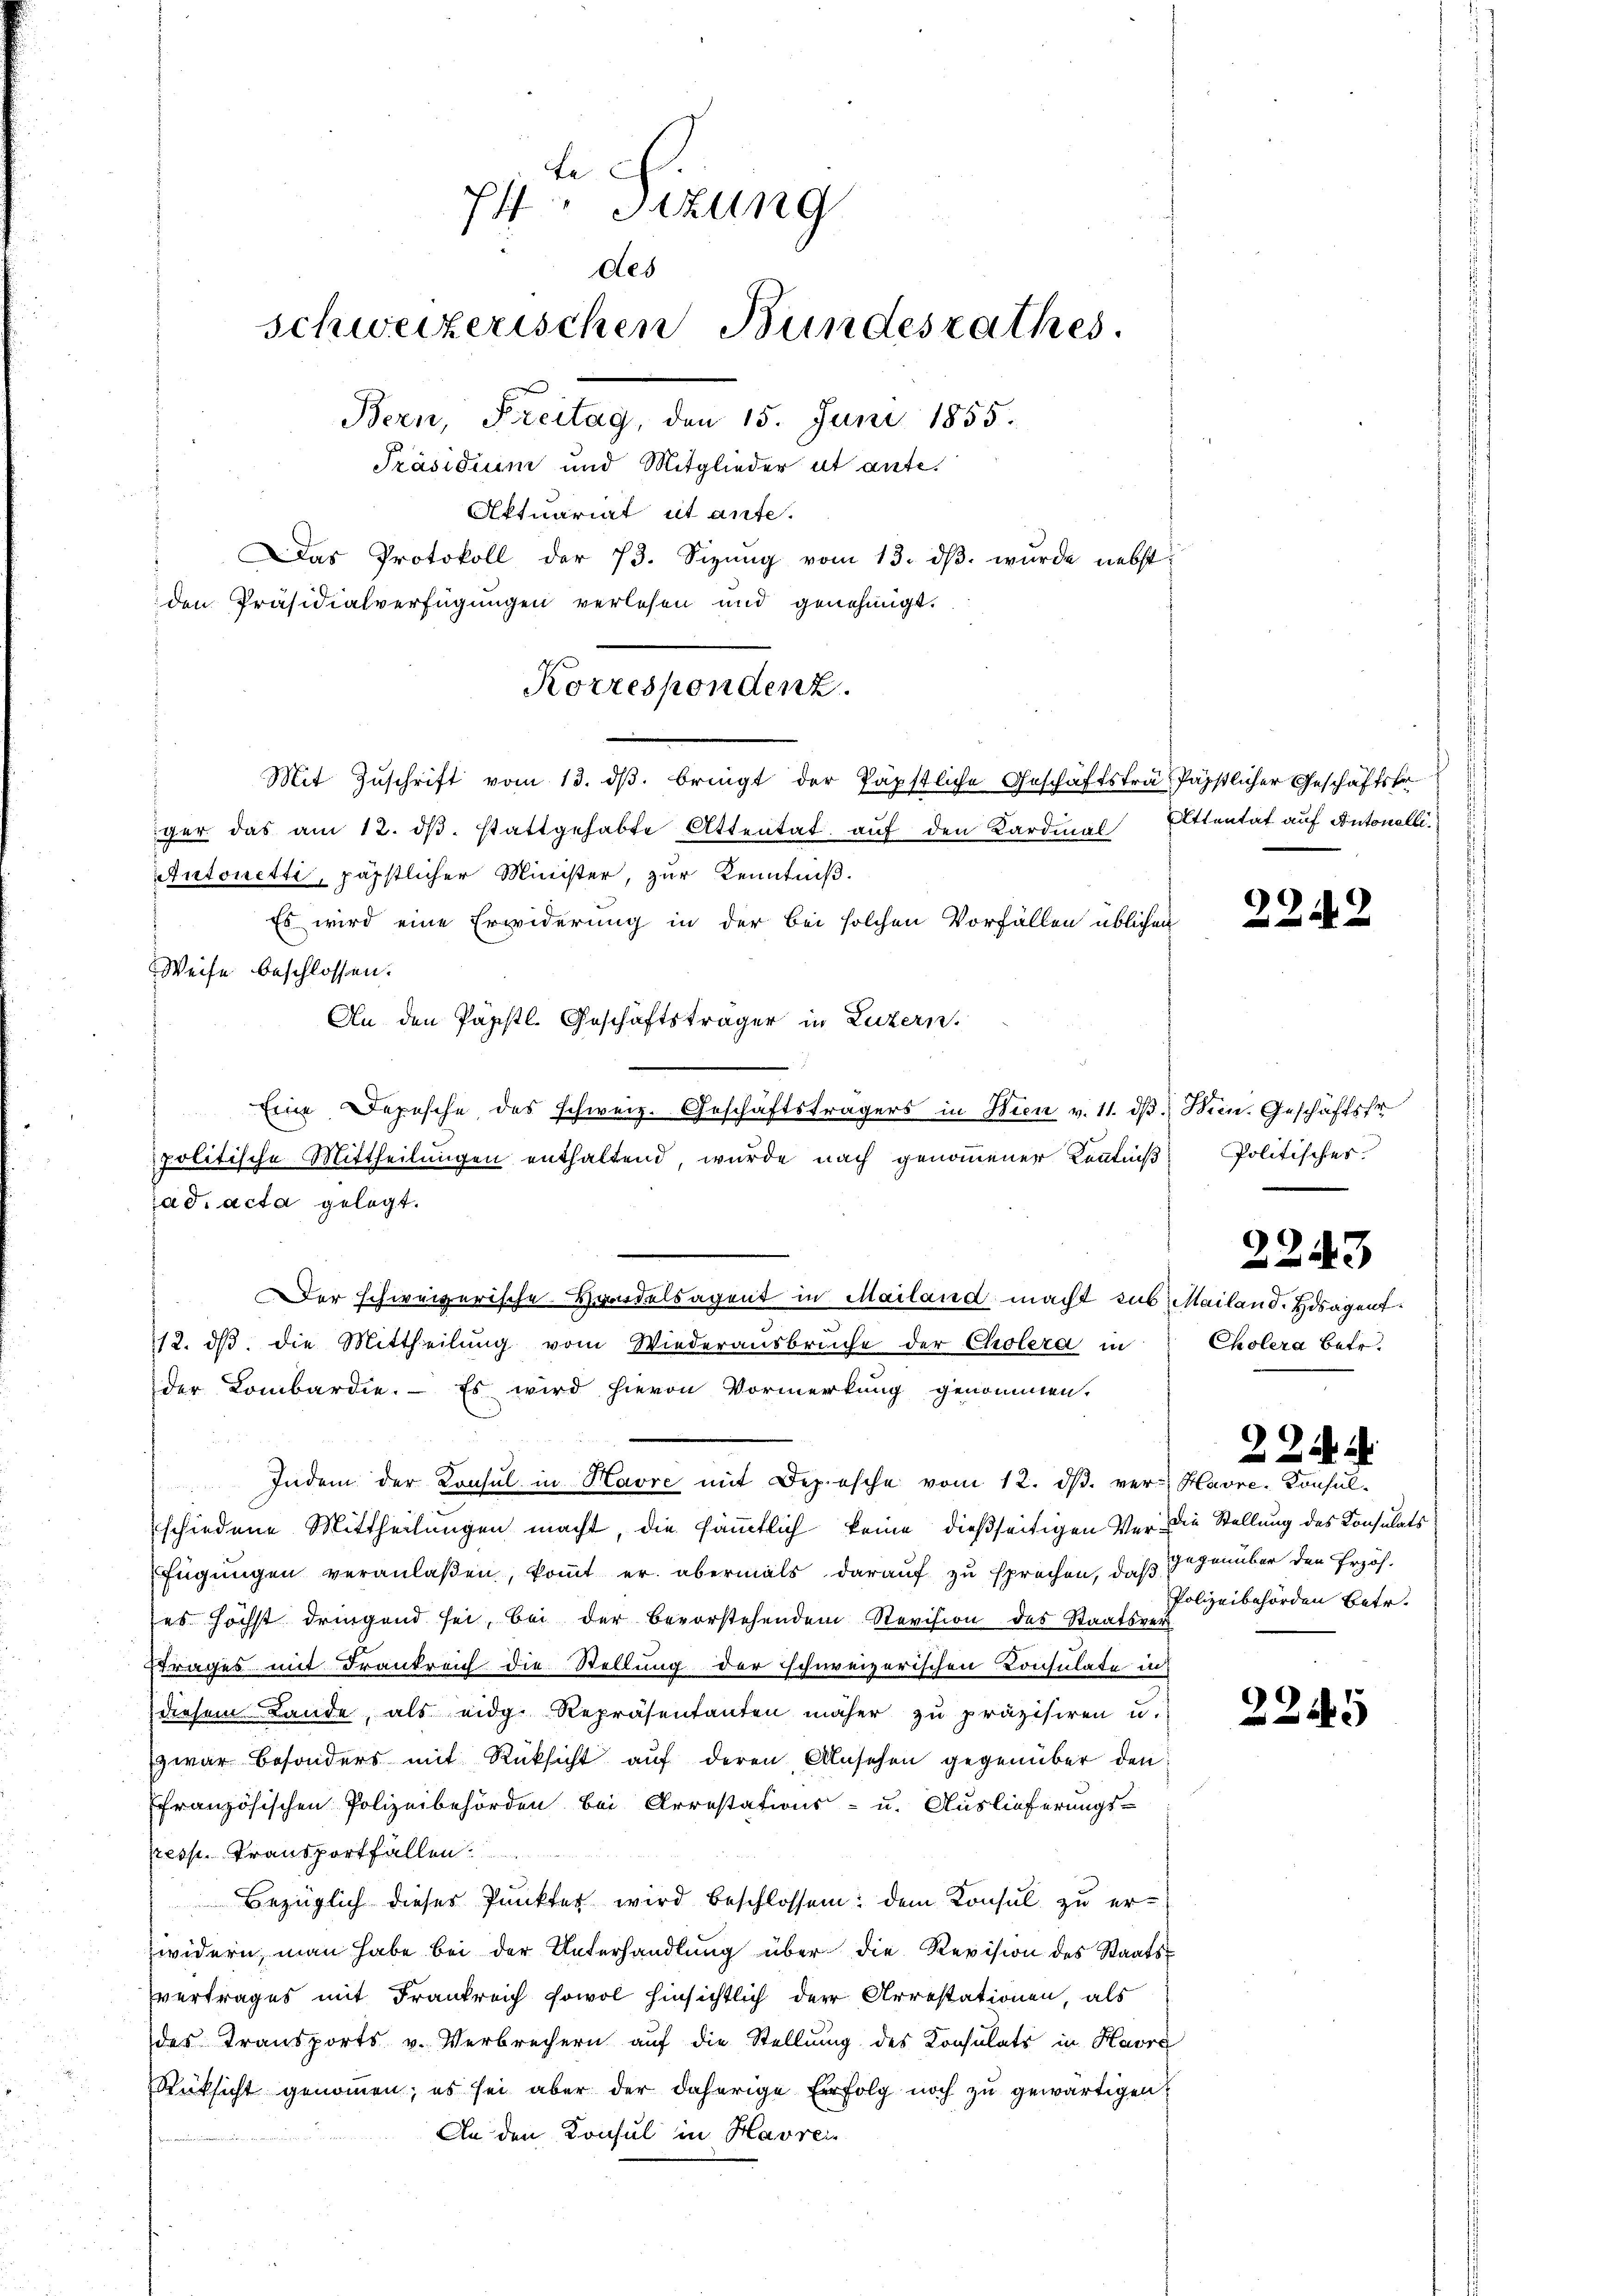
Fe
P Sitzung
des
schweizerischen Bundesrathes.
Bern, Freitag, den 15. Juni 1855.
Präsidium und Mitglieder et ante¬
Aktuariat et ante.
Das Protokoll der 73. Sizŭng vom 13. dβ. wŭrde nebst
den Präsidialverfügungen verlesen und genehmigt.

Korrespondenz.
Mit Zŭschrift vom 13. dβ. bringt der Päpstliche Geschäftsträ Päpstlicher Geschäftsfr

ger das am 12. dβ. stattgehabte Attentat auf den Kardinal Attentat auf Antonelli¬
Antonetti, päpstlicher Minister, zur Kenntniß.
Es wird eine Erwiderung in der bei solchen Vorfällen üblichen
Weise beschlossen:
An den Päpstl. Geschäftsträger in Luzern.
Eine Depesche des schweiz. Geschäftsträgers in Wien v. 11. dβ. Wien. Geschäftsfr
politische Mittheilungen enthaltend, wurde nach genommener Kenntniß
ad acta gelegt.
Der schweizerische Handelsagent in Mailand macht sub. Mailand. Hosagent
12. dβ die Mittheilung vom Wiederausbruche der Cholera in
der Lombardie. - Es wird hievon Vormerkung genommen.
Indem der Konsul in Havre mit Depesche vom 12. dβ. ver- Havre-Konsulschiedene Mittheilungen macht, die sämmtlich keine dießseitigen Ver die Stellung des Konsulats
fügungen veranlaßen, kommt er abermals darauf zu sprechen, daß gegenüber den Erzöh-
es höchst dringend sei, bei der bevorstehendem Revision des Staatsver-
Etrages mit Frankreich die Stellung der schweizerischen Consulate in
diesem Lande, als eidg. Repräsentanten näher zu präzisiren u.
zwar besonders mit Rücksicht auf deren Ansehen gegenüber den
französischen Polizeibehörden bei Arrestations- u. Auslieferungs-
rresp. Transportfallen.
Bezüglich dieses Punkter wird beschlossen: dem Konsul zu erwidern man habe bei der Unterhandlŭng über die Revision des Staats-
vertrages mit Frankreich sowol hinsichtlich der Arrestationen, als
des Transports v. Verbrechern auf die Stellung des Konsulats in Havre
Rüksicht genommen; es sei aber der daherige Erfolg noch zu gewärtigen
An den Konsul in Havrei-

2242

Politischer

Cholera betr.

2243

224. 14.

Polizeibehörden Betr.

2245